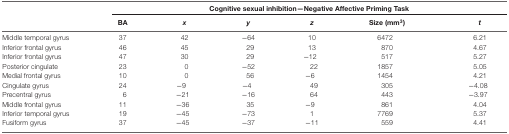
|  | <COLSPAN=6> Cognitive sexual inhibition—Negative Affective Priming Task |
 |  | BA | x | y | z | Size (mm3) | t |
 | --- | --- | --- | --- | --- | --- | --- |
 | Middle temporal gyrus | 37 | 42 | −64 | 10 | 6472 | 6.21 |
 | Inferior frontal gyrus | 46 | 45 | 29 | 13 | 870 | 4.67 |
 | Inferior frontal gyrus | 47 | 30 | 29 | −12 | 517 | 5.27 |
 | Posterior cingulate | 23 | 0 | −52 | 22 | 1857 | 5.05 |
 | Medial frontal gyrus | 10 | 0 | 56 | −6 | 1454 | 4.21 |
 | Cingulate gyrus | 24 | −9 | −4 | 49 | 305 | −4.08 |
 | Precentral gyrus | 6 | −21 | −16 | 64 | 443 | −3.97 |
 | Middle frontal gyrus | 11 | −36 | 35 | −9 | 861 | 4.04 |
 | Inferior temporal gyrus | 19 | −45 | −73 | 1 | 7769 | 5.37 |
 | Fusiform gyrus | 37 | −45 | −37 | −11 | 559 | 4.41 |